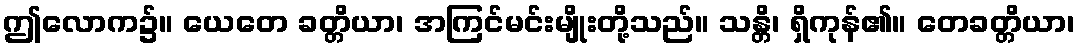
ဤလောက၌။ ယေတေ ခတ္တိယာ၊ အကြင်မင်းမျိုးတို့သည်။ သန္တိ၊ ရှိကုန်၏။ တေခတ္တိယာ၊